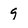
Character: 9